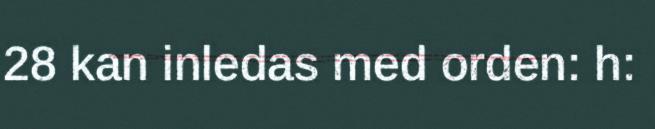
28 kan inledas med orden: h: